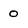
Character: 0